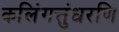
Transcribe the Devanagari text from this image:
कलिंगत्तुंधरणि